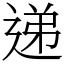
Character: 递